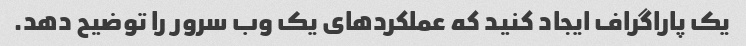
یک پاراگراف ایجاد کنید که عملکردهای یک وب سرور را توضیح دهد.